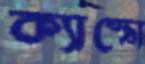
ক্যাস্ত্রো